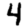
Digit: 4